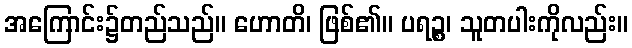
အကြောင်း၌တည်သည်။ ဟောတိ၊ ဖြစ်၏။ ပရဉ္စ၊ သူတပါးကိုလည်း။